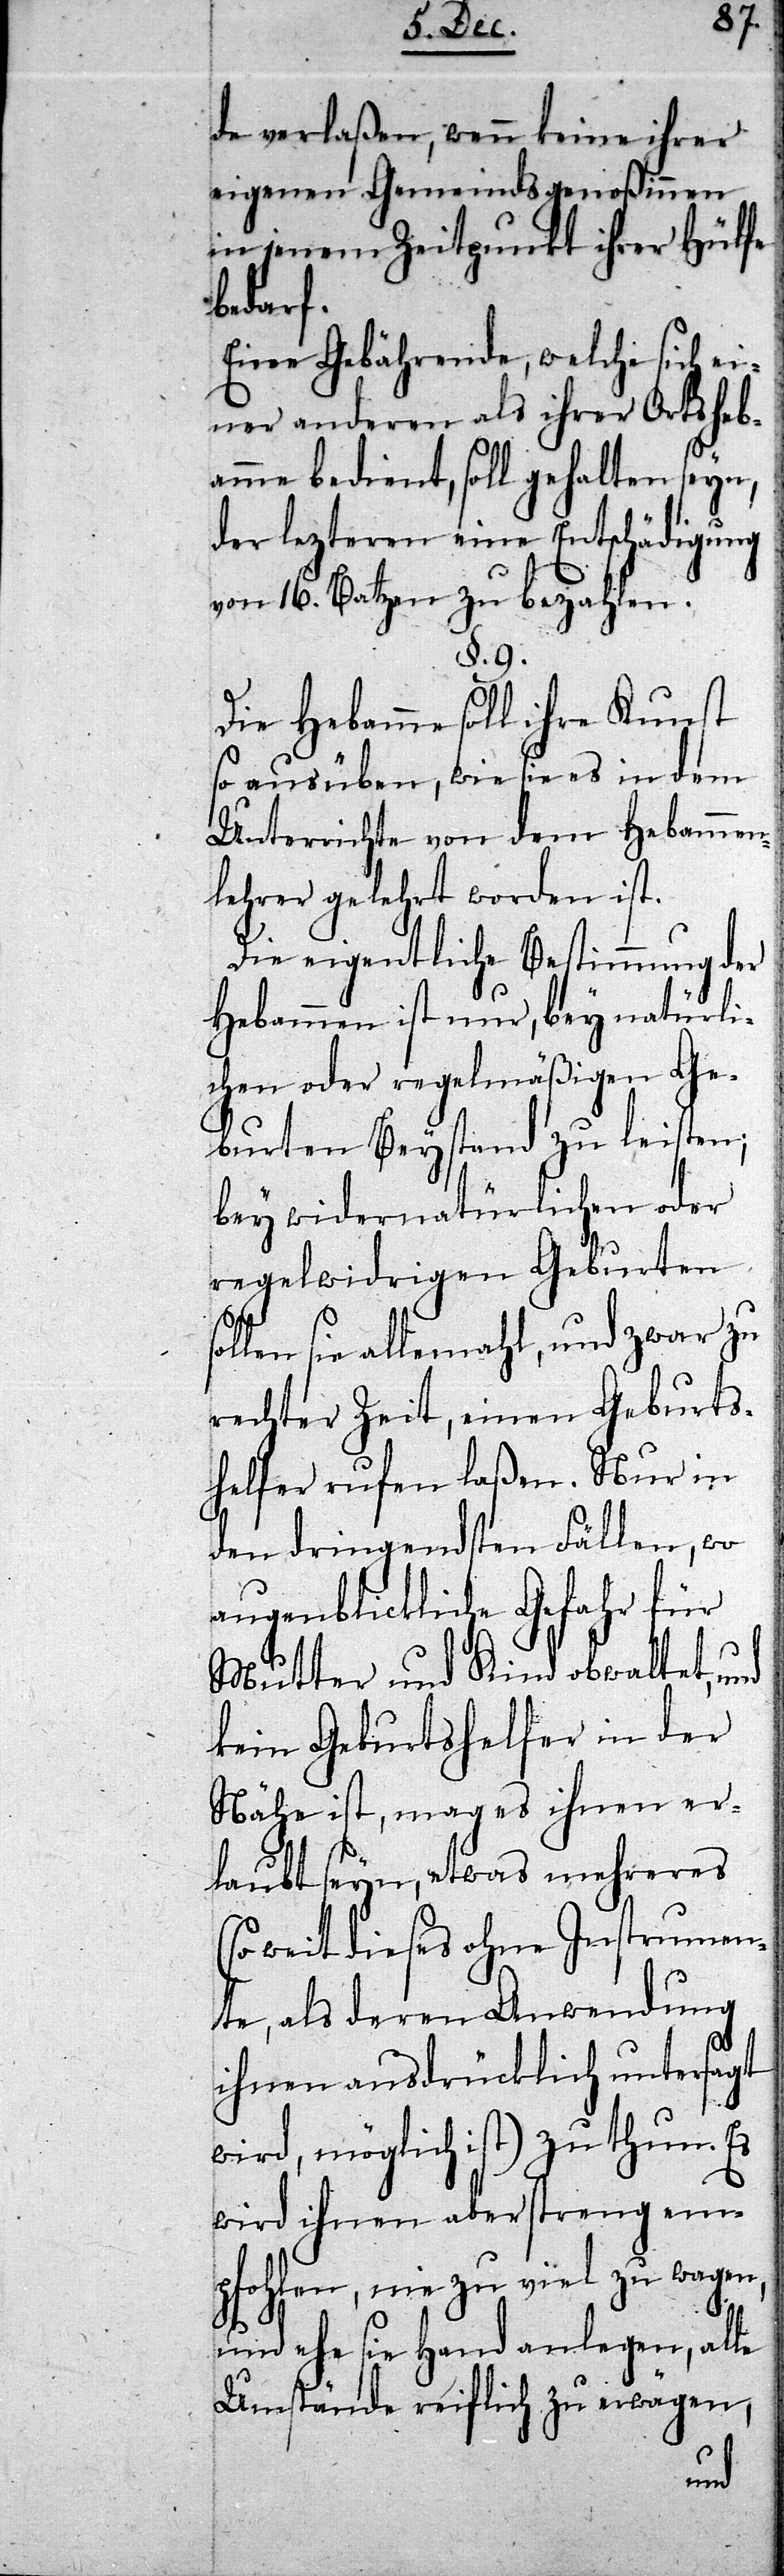
de verlaßen, wenn keine ihrer
eigenen Gemeindsgenoßinnen
in jenem Zeitpunkt ihrer Hülfe
bedarf.
Eine Gebährende, welche sich ei¬
ner anderen als ihrer Ortsheb¬
amme bedient, soll gehalten seyn,
der lezteren eine Entschädigung
von 16. Batzen zu bezahlen.
§. 9.
Die Hebamme soll ihre Kunst
so ausüben, wie sie es in dem
Unterrichte von dem Hebammen¬
lehrer gelehrt worden ist.
Die eigentliche Bestimmung der
Hebammen ist nur, bey natürli¬
chen oder regelmäßigen Ge¬
burten Beystand zu leisten;
bey widernatürlichen oder
regelwidrigen Geburten
sie allemahl, und zwar zu
rechter Zeit, einen Geburts¬
helfer rufen laßen. Nur in
den dringendsten Fällen, wo
augenblickliche Gefahr für
Mutter und Kind obwaltet, und
kein Geburtshelfer in der
Nähe ist, mag es ihnen er¬
laubt seyn, etwas mehreres
weit dieses ohne Instrumen¬
te, als deren Anwendung
ihnen ausdrücklich untersagt
wird, möglich ist) zu thun.
wird ihnen aber streng em¬
pfohlen, nie zu viel zu wagen,
le
und ehe sie Hand anlegen, a¬
Umstände reiflich zu erwägen,